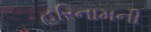
હરિનામની